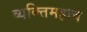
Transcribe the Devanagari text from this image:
व्यक्‍तिमहत्त्व